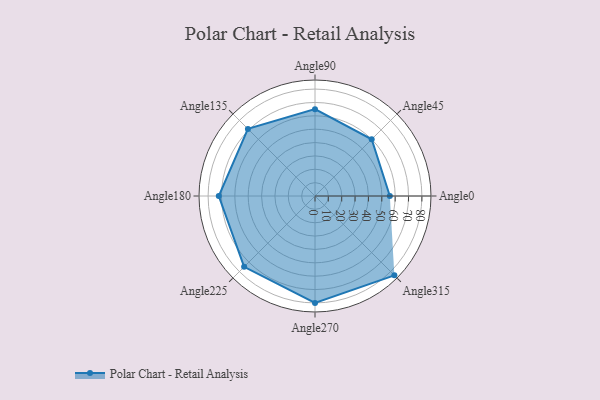
{"axis": {"x": "Angle", "y": "Radius"}, "legend": [""], "data": [{"x": "Angle0", "y": 56.0, "type": ""}, {"x": "Angle45", "y": 60.0, "type": ""}, {"x": "Angle90", "y": 65.0, "type": ""}, {"x": "Angle135", "y": 71.0, "type": ""}, {"x": "Angle180", "y": 72.0, "type": ""}, {"x": "Angle225", "y": 75.0, "type": ""}, {"x": "Angle270", "y": 80.0, "type": ""}, {"x": "Angle315", "y": 84.0, "type": ""}]}